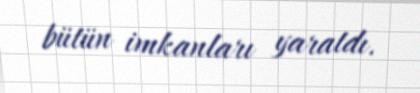
bütün imkanları yaratdı.